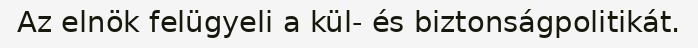
Az elnök felügyeli a kül- és biztonságpolitikát.